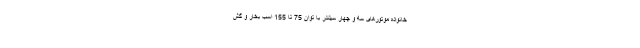
خانواده موتورهای سه و چهار سیلندر با توان 75 تا 155 اسب بخار و گش